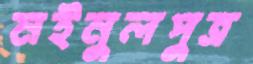
মইনুলপুত্র